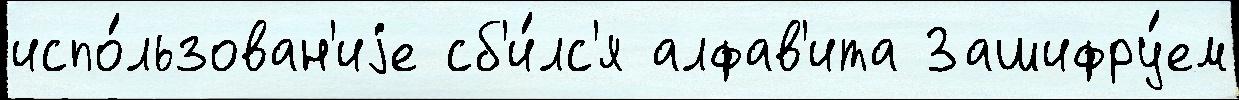
испо́льзован'иjе сб'и́лс'я алфав'ита Зашифру́ем